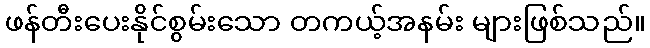
ဖန်တီးပေးနိုင်စွမ်းသော တကယ့်အနမ်း များဖြစ်သည်။